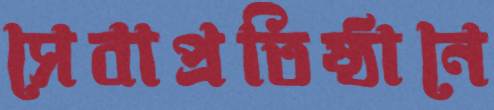
সেবাপ্রতিষ্ঠানে